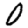
Digit: 0